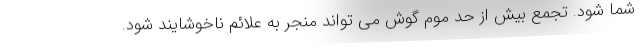
شما شود. تجمع بیش از حد موم گوش می تواند منجر به علائم ناخوشایند شود.